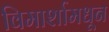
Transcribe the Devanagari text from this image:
विमार्शामधून